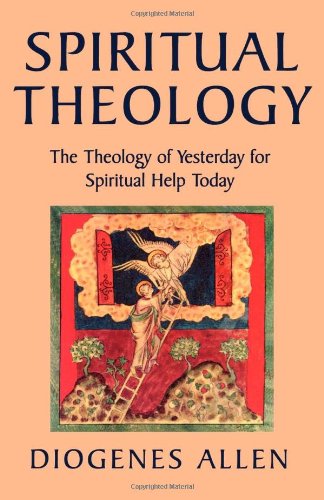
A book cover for Spiritual Theology: The Theology of Yesterday for Spiritual Help Today; Diogenes Allen; Christian Books & Bibles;